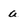
Character: a